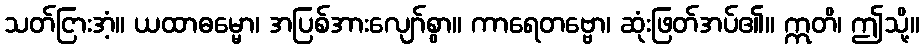
သတ်ငြားအံ့။ ယထာဓမ္မော၊ အပြစ်အားလျော်စွာ။ ကာရေတဗ္ဗော၊ ဆုံးဖြတ်အပ်၏။ ဣတိ၊ ဤသို့။